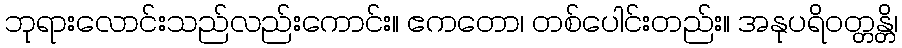
ဘုရားလောင်းသည်လည်းကောင်း။ ဧကတော၊ တစ်ပေါင်းတည်း။ အနုပရိဝတ္တန္တိ၊